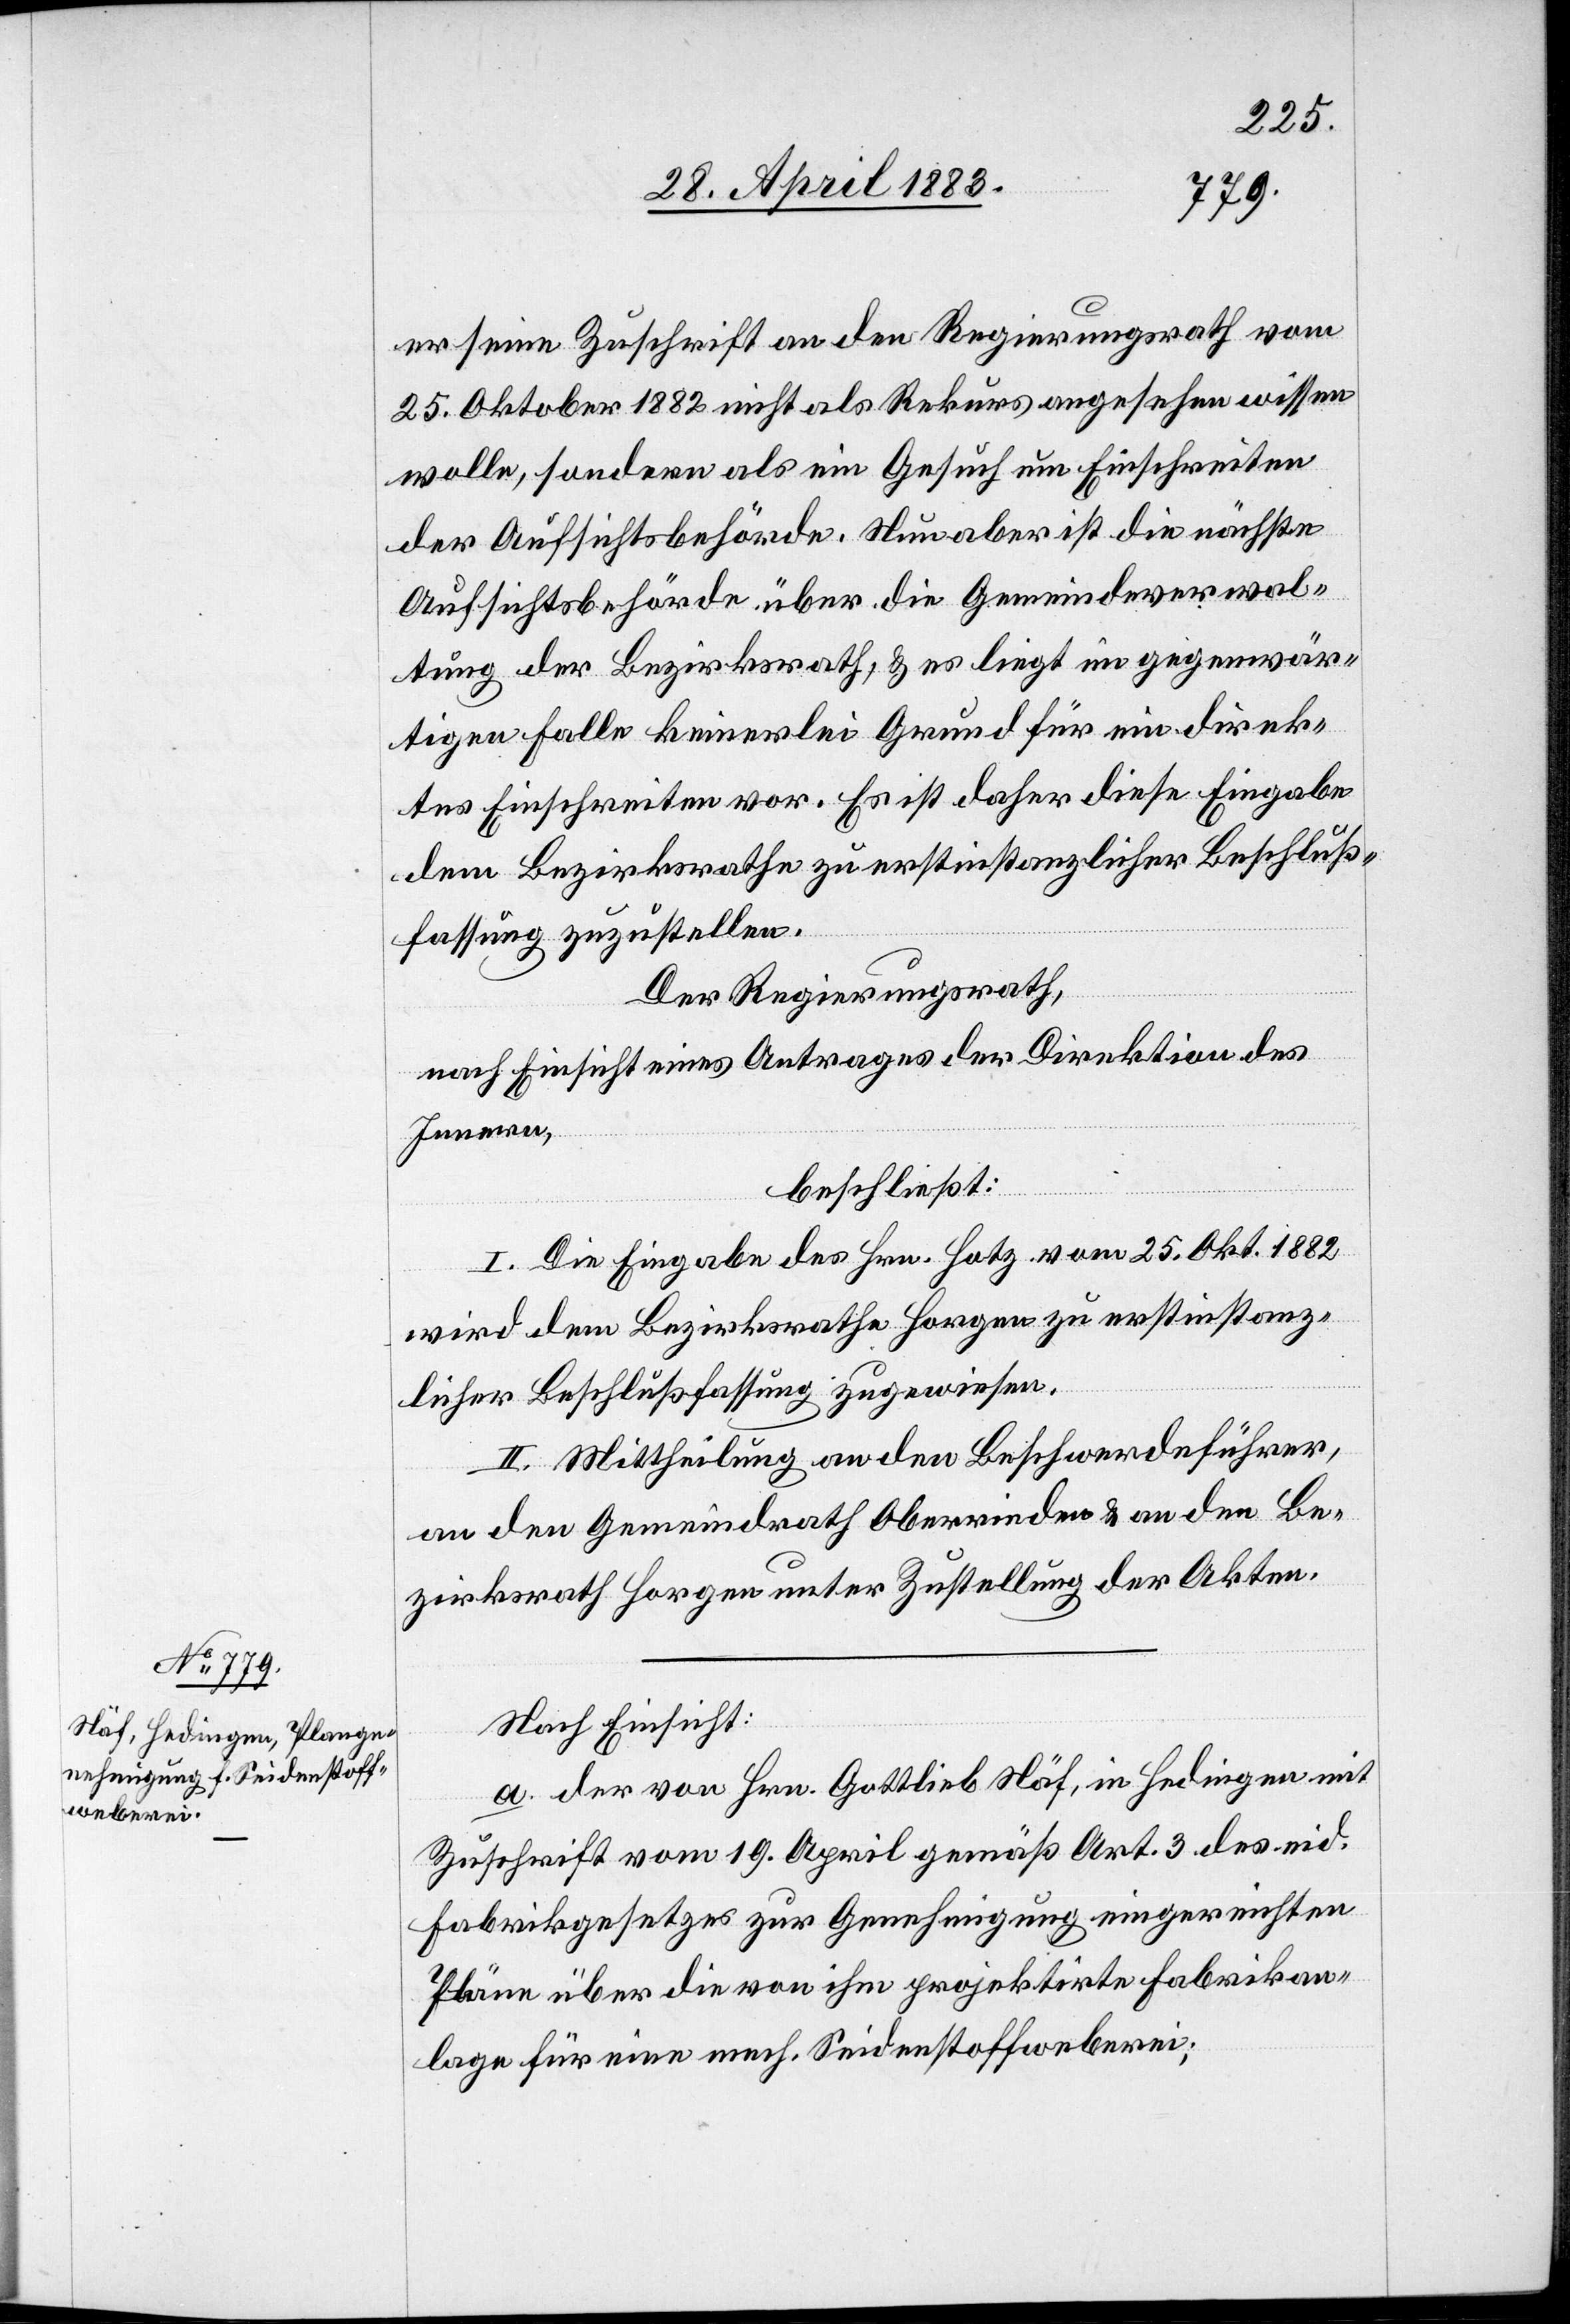
er seine Zuschrift an den Regierungsrath vom
25. Oktober 1882 nicht als Rekurs angesehen wissen
wolle, sondern als ein Gesuch um Einschreiten
der Aufsichtsbehörde. Nun aber ist die nächste
Aufsichtsbehörde über die Gemeindeverwal¬
tung der Bezirksrath, & es liegt im gegenwär¬
tigen Falle keinerlei Grund für ein direk¬
tes Einschreiten vor. Es ist daher diese Eingabe
dem Bezirksrathe zu erstinstanzlicher Beschluß¬
fassung zuzustellen.
Der Regierungsrath,
nach Einsicht eines Antrages der Direktion des
Innern,
beschließt:
I. Die Eingabe des Hrn. Hotz vom 25. Okt. 1882
wird dem Bezirksrath Horgen zu erstinstanz¬
licher Beschlußfassung zugewiesen.
II. Mittheilung an den Beschwerdeführer,
an den Gemeindrath Oberrieden & an den Be¬
zirksrath Horgen unter Zustellung der Akten.
Nach Einsicht:
a. der von Hrn. Gottlieb Näf, in Hedingen mit
Zuschrift vom 19. April gemäß Art. 3 des eid.
Fabrikgesetzes zur Genehmigung eingereichten
Pläne über die von ihm projektirte Fabrikan¬
lage für eine mech. Seidenstoffweberei;